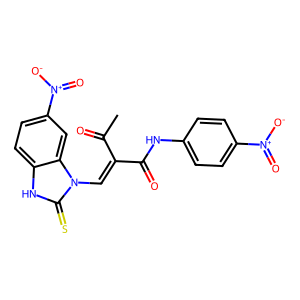
SMILES: CC(=O)C(=Cn1c(=S)[nH]c2ccc([N+](=O)[O-])cc21)C(=O)Nc1ccc([N+](=O)[O-])cc1
Inhibits HIV replication: No